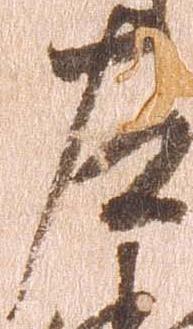
左